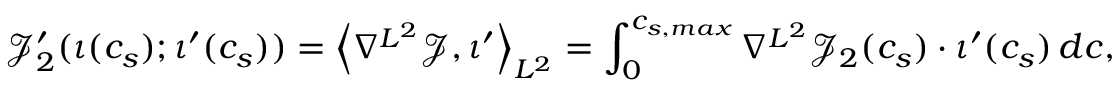
\mathcal { J } _ { 2 } ^ { \prime } ( \iota ( c _ { s } ) ; \iota ^ { \prime } ( c _ { s } ) ) = \left\langle \nabla ^ { L ^ { 2 } } \mathcal { J } , \iota ^ { \prime } \right\rangle _ { L ^ { 2 } } = \int _ { 0 } ^ { c _ { s , m a x } } \nabla ^ { L ^ { 2 } } { \mathcal { J } } _ { 2 } ( c _ { s } ) \cdot \iota ^ { \prime } ( c _ { s } ) \, d c ,